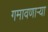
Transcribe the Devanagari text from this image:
गमावणार्‍या